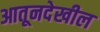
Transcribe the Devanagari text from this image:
आतूनदेखील